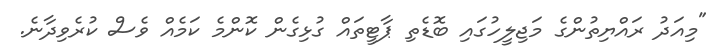
"މިއަދު ރައްޔިތުންގެ މަޖިލީހުގައި ބޮޑެތި ޕާޓީތައް ގުޅިގެން ކޮންމެ ކަމެއް ވެސް ކުރެވިދާނެ.